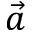
\vec { a }